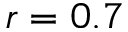
r = 0 . 7